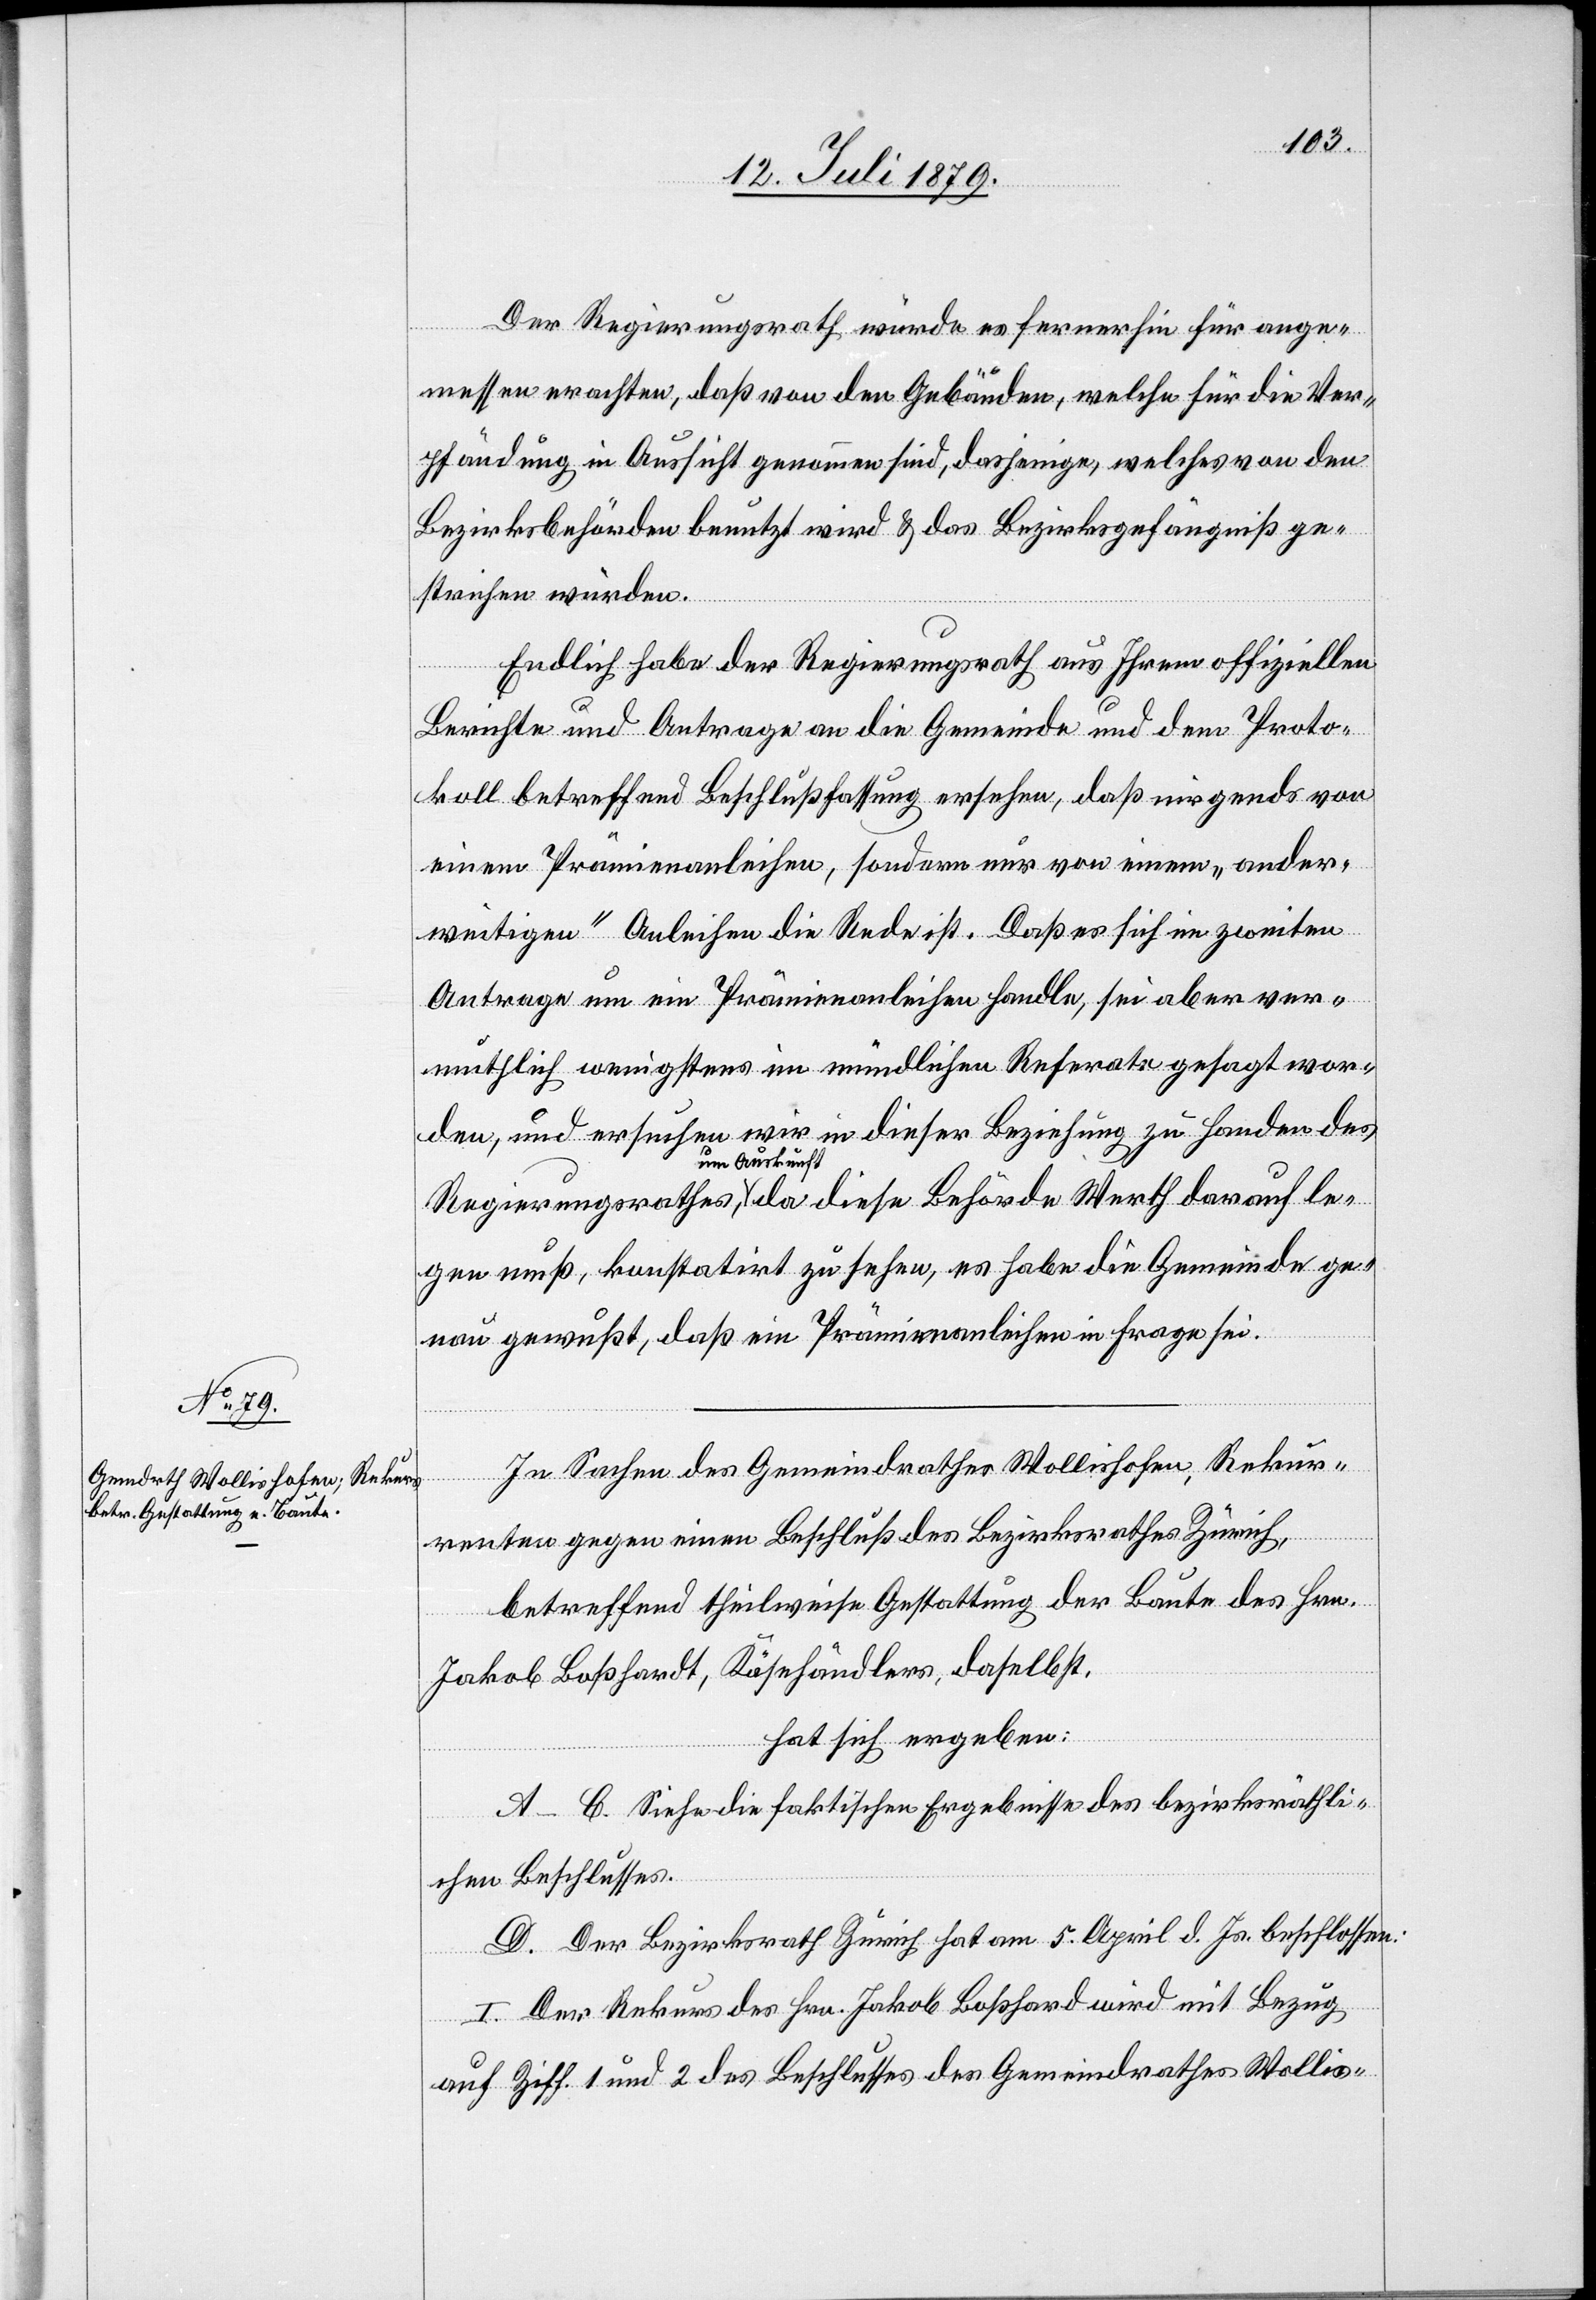
Der Regierungsrath würde es fernerhin für ange¬
messen erachten, daß von den Gebäuden, welche für die Ver¬
pfändung in Aussicht genommen sind, dasjenige, welches von den
Bezirksbehörden benutzt wird & das Bezirksgefängniß ge¬
strichen würden.
Endlich habe der Regierungsrath aus Ihrem offiziellen
Berichte und Antrage an die Gemeinde und dem Proto¬
koll betreffend Beschlußfassung ersehen, daß nirgends von
einem Prämienanleihen, sondern nur von einem „ander¬
weitigen“ Anleihen die Rede ist. Daß es sich im zweiten
Antrage um ein Prämienanleihen handle, sei aber ver¬
muthlich wenigstens im mündlichen Referate gesagt wor¬
den, und ersuchen wir in dieser Beziehung zu Handen des
um Auskunft,
gen muß, konstatirt zu sehen, es habe die Gemeinde ge¬
nau gewußt, daß ein Prämienanleihen in Frage sei.
In Sachen des Gemeindrathes Wollishofen, Rekur¬
renten gegen einen Beschluß des Bezirksrathes Zürich,
betreffend theilweise Gestattung der Baute des Hrn.
le¬
Jakob Boßhardt, Käsehändlers, daselbst,
da
hat sich ergeben:
A–C. Siehe die faktischen Ergebnisse des bezirksräthli¬
chen Beschlusses.
D. Der Bezirksrath Zürich hat am 5. April d. Js. beschlossen:
I. Der Rekurs des Hrn. Jakob Boßhard wird mit Bezug
auf Ziff. 1 und 2 des Beschlusses des Gemeindrathes Wollis-